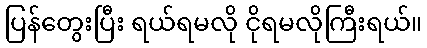
ပြန်တွေးပြီး ရယ်ရမလို ငိုရမလိုကြီးရယ်။